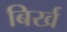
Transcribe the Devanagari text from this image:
बिर्ख